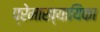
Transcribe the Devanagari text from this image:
प्रेमाख्यायिका